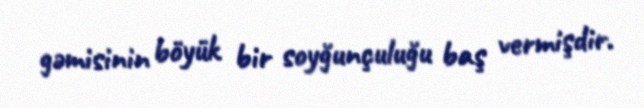
gəmisinin böyük bir soyğunçuluğu baş vermişdir.